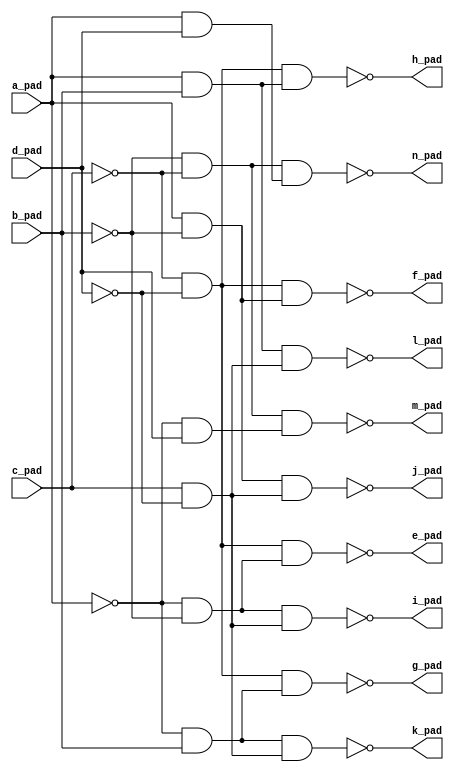
module top( a_pad , b_pad , c_pad , d_pad , e_pad , f_pad , g_pad , h_pad , i_pad , j_pad , k_pad , l_pad , m_pad , n_pad );
  input a_pad ;
  input b_pad ;
  input c_pad ;
  input d_pad ;
  output e_pad ;
  output f_pad ;
  output g_pad ;
  output h_pad ;
  output i_pad ;
  output j_pad ;
  output k_pad ;
  output l_pad ;
  output m_pad ;
  output n_pad ;
  wire n5 , n6 , n7 , n8 , n9 , n10 , n11 , n12 , n13 , n14 , n15 , n16 , n17 , n18 , n19 , n20 , n21 , n22 , n23 ;
  assign n5 = ~c_pad & ~d_pad ;
  assign n6 = ~a_pad & ~b_pad ;
  assign n7 = n5 & n6 ;
  assign n8 = a_pad & ~b_pad ;
  assign n9 = n5 & n8 ;
  assign n10 = ~a_pad & b_pad ;
  assign n11 = n5 & n10 ;
  assign n12 = a_pad & b_pad ;
  assign n13 = n5 & n12 ;
  assign n14 = c_pad & ~d_pad ;
  assign n15 = n6 & n14 ;
  assign n16 = n8 & n14 ;
  assign n17 = n10 & n14 ;
  assign n18 = n12 & n14 ;
  assign n19 = ~b_pad & ~c_pad ;
  assign n20 = ~a_pad & d_pad ;
  assign n21 = n19 & n20 ;
  assign n22 = a_pad & d_pad ;
  assign n23 = n19 & n22 ;
  assign e_pad = ~n7 ;
  assign f_pad = ~n9 ;
  assign g_pad = ~n11 ;
  assign h_pad = ~n13 ;
  assign i_pad = ~n15 ;
  assign j_pad = ~n16 ;
  assign k_pad = ~n17 ;
  assign l_pad = ~n18 ;
  assign m_pad = ~n21 ;
  assign n_pad = ~n23 ;
endmodule